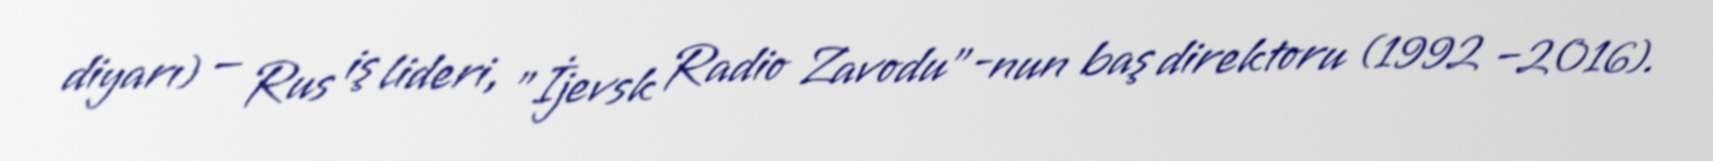
diyarı) — Rus iş lideri, "İjevsk Radio Zavodu"-nun baş direktoru (1992 −2016).